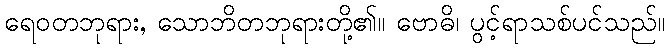
ရေဝတဘုရား, သောဘိတဘုရားတို့၏။ ဗောဓိ၊ ပွင့်ရာသစ်ပင်သည်။